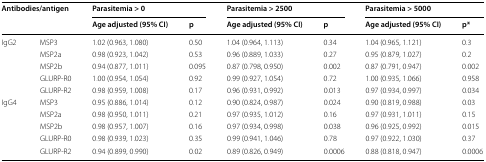
<table><thead><tr><td rowspan="2" colspan="2"><b>Antibodies/antigen</b></td><td colspan="2"><b>Parasitemia &gt; 0</b></td><td colspan="2"><b>Parasitemia &gt; 2500</b></td><td colspan="2"><b>Parasitemia &gt; 5000</b></td></tr><tr><td><b>Age adjusted (95% CI)</b></td><td><b>p</b></td><td><b>Age adjusted (95% CI)</b></td><td><b>p</b></td><td><b>Age adjusted (95% CI)</b></td><td><b>p*</b></td></tr></thead><tbody><tr><td>IgG2</td><td>MSP3</td><td>1.02 (0.963, 1.080)</td><td>0.50</td><td>1.04 (0.964, 1.113)</td><td>0.34</td><td>1.04 (0.965, 1.121)</td><td>0.3</td></tr><tr><td></td><td>MSP2a</td><td>0.98 (0.923, 1.042)</td><td>0.53</td><td>0.96 (0.889, 1.033)</td><td>0.27</td><td>0.95 (0.879, 1.027)</td><td>0.2</td></tr><tr><td></td><td>MSP2b</td><td>0.94 (0.877, 1.011)</td><td>0.095</td><td>0.87 (0.798, 0.950)</td><td>0.002</td><td>0.87 (0.791, 0.947)</td><td>0.002</td></tr><tr><td></td><td>GLURP-R0</td><td>1.00 (0.954, 1.054)</td><td>0.92</td><td>0.99 (0.927, 1.054)</td><td>0.72</td><td>1.00 (0.935, 1.066)</td><td>0.958</td></tr><tr><td></td><td>GLURP-R2</td><td>0.98 (0.959, 1.008)</td><td>0.17</td><td>0.96 (0.931, 0.992)</td><td>0.013</td><td>0.97 (0.934, 0.997)</td><td>0.034</td></tr><tr><td>IgG4</td><td>MSP3</td><td>0.95 (0.886, 1.014)</td><td>0.12</td><td>0.90 (0.824, 0.987)</td><td>0.024</td><td>0.90 (0.819, 0.988)</td><td>0.03</td></tr><tr><td></td><td>MSP2a</td><td>0.98 (0.950, 1.011)</td><td>0.21</td><td>0.97 (0.935, 1.012)</td><td>0.16</td><td>0.97 (0.931, 1.011)</td><td>0.15</td></tr><tr><td></td><td>MSP2b</td><td>0.98 (0.957, 1.007)</td><td>0.16</td><td>0.97 (0.934, 0.998)</td><td>0.038</td><td>0.96 (0.925, 0.992)</td><td>0.015</td></tr><tr><td></td><td>GLURP-R0</td><td>0.98 (0.939, 1.023)</td><td>0.35</td><td>0.99 (0.941, 1.046)</td><td>0.78</td><td>0.97 (0.922, 1.030)</td><td>0.37</td></tr><tr><td></td><td>GLURP-R2</td><td>0.94 (0.899, 0.990)</td><td>0.02</td><td>0.89 (0.826, 0.949)</td><td>0.0006</td><td>0.88 (0.818, 0.947)</td><td>0.0006</td></tr></tbody></table>